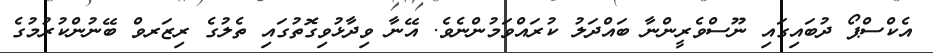
އެކްސްޕޯ ދުބައިގައި ނޫސްވެރީންނާ ބައްދަލު ކުރައްވަމުންނެވެ. އޭނާ ވިދާޅުވިގޮތުގައި ތެލުގެ ރިޒަރވް ބޭނުންކުރުމުގެ